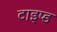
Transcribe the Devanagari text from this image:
टाइप्ड